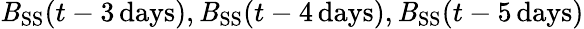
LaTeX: \mathit{B}_{\mathrm{{SS}}}(t-3\mathrm{{\, days}}),\mathit{B}_{\mathrm{{SS}}}(t-4\mathrm{{\, days}}),\mathit{B}_{\mathrm{{SS}}}(t-5\mathrm{{\, days}})